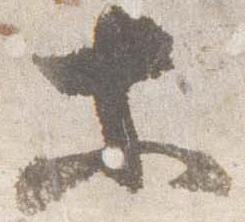
等